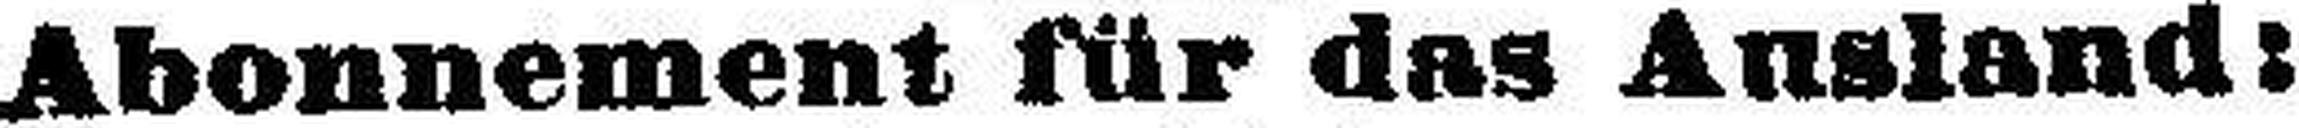
Abonnement für das Ausland: